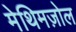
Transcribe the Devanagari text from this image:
मेथिमज़ोल